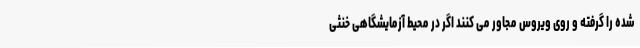
شده را گرفته و روی ویروس مجاور می کنند اگر در محیط آزمایشگاهی خنثی